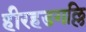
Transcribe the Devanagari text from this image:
हीरहडगल्लि